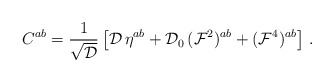
\begin{align*}C^{ab} = {1\over \sqrt{\cal D}}\left[ {\cal D}\, \eta^{ab} + {\cal D}_0 \, ({\cal F}^2)^{ab} +({\cal F}^4)^{ab} \right] \, . \end{align*}